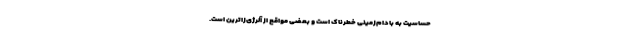
حساسیت به بادام‌زمینی خطرناک است و بعضی مواقع از آلرژی‌زاترین است.